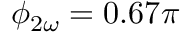
\phi _ { 2 \omega } = 0 . 6 7 \pi